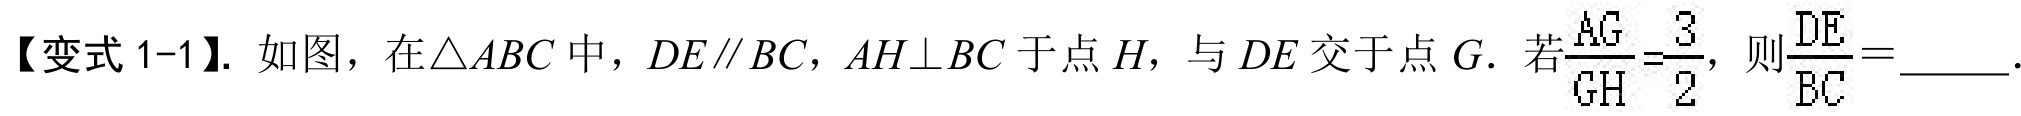
【变式 1-1】. 如图，在\(\triangle ABC\)中，\(DE\parallel BC\)，\(AH\perp BC\)于点\(H\)，与\(DE\)交于点\(G\). 若\(\frac{AG}{GH}=\frac{3}{2}\)，则\(\frac{DE}{BC}=\)_____.